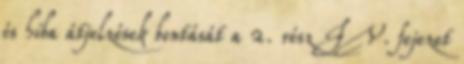
és hiba átjelzések bontását a 2. rész IV. fejezet